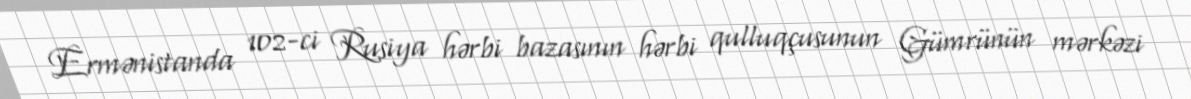
Ermənistanda 102-ci Rusiya hərbi bazasının hərbi qulluqçusunun Gümrünün mərkəzi